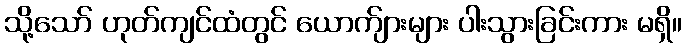
သို့သော် ဟုတ်ကျင်ထံတွင် ယောက်ျားများ ပါးသွားခြင်းကား မရှိ။